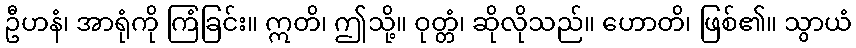
ဦဟနံ၊ အာရုံကို ကြံခြင်း။ ဣတိ၊ ဤသို့။ ဝုတ္တံ၊ ဆိုလိုသည်။ ဟောတိ၊ ဖြစ်၏။ သွာယံ